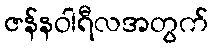
ဇန်နဝါရီလအတွက်